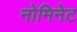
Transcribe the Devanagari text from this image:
नोमिनेट